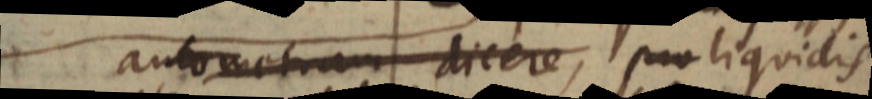
autometram dicere, pro liquidis